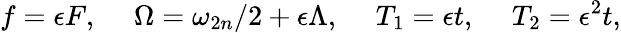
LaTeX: f=\epsilon F,\ \ \ \ \ \Omega=\omega_{2n}/2+\epsilon\Lambda,\ \ \ \ \ T_{1}=\epsilon t,\ \ \ \ \ T_{2}=\epsilon^{2}t,